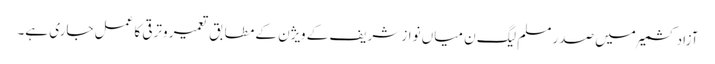
آزاد کشمیر میں صدر مسلم لیگ ن میاں نواز شریف کے ویژن کے مطابق تعمیر وترقی کا عمل جاری ہے۔